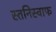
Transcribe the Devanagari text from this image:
स्तनिस्वाफ